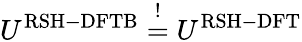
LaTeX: U^{\mathrm{RSH-DFTB}}\overset{!}{=}U^{\mathrm{RSH-DFT}}